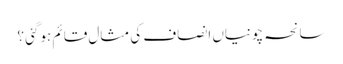
سانحہ چونیاں انصاف کی مثال قائم ہوگئی ؟